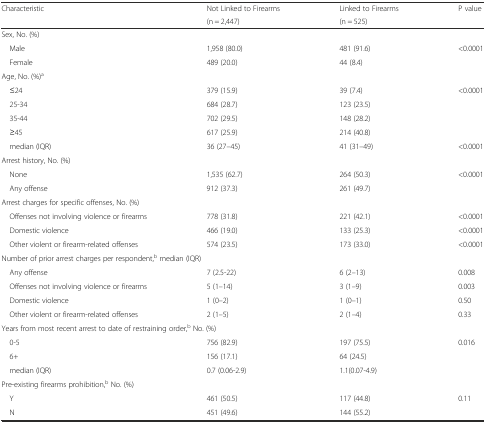
| <ROWSPAN=2> Characteristic | Not Linked to Firearms | Linked to Firearms | <ROWSPAN=2> P value |
 | (n = 2,447) | (n = 525) |
 | --- | --- | --- | --- |
 | <COLSPAN=4> Sex, No. (%) |
 | Male | 1,958 (80.0) | 481 (91.6) | <0.0001 |
 | Female | 489 (20.0) | 44 (8.4) |  |
 | <COLSPAN=4> Age, No. (%)a |
 | ≤24 | 379 (15.9) | 39 (7.4) | <0.0001 |
 | 25-34 | 684 (28.7) | 123 (23.5) |  |
 | 35-44 | 702 (29.5) | 148 (28.2) |  |
 | ≥45 | 617 (25.9) | 214 (40.8) |  |
 | median (IQR) | 36 (27–45) | 41 (31–49) | <0.0001 |
 | <COLSPAN=4> Arrest history, No. (%) |
 | None | 1,535 (62.7) | 264 (50.3) | <0.0001 |
 | Any offense | 912 (37.3) | 261 (49.7) |  |
 | Arrest charges for specific offenses, No. (%) |  |  |  |
 | Offenses not involving violence or firearms | 778 (31.8) | 221 (42.1) | <0.0001 |
 | Domestic violence | 466 (19.0) | 133 (25.3) | <0.0001 |
 | Other violent or firearm-related offenses | 574 (23.5) | 173 (33.0) | <0.0001 |
 | <COLSPAN=4> Number of prior arrest charges per respondent,b median (IQR) |
 | Any offense | 7 (2.5-22) | 6 (2–13) | 0.008 |
 | Offenses not involving violence or firearms | 5 (1–14) | 3 (1–9) | 0.003 |
 | Domestic violence | 1 (0–2) | 1 (0–1) | 0.50 |
 | Other violent or firearm-related offenses | 2 (1–5) | 2 (1–4) | 0.33 |
 | <COLSPAN=4> Years from most recent arrest to date of restraining order,b No. (%) |
 | 0-5 | 756 (82.9) | 197 (75.5) | 0.016 |
 | 6+ | 156 (17.1) | 64 (24.5) |  |
 | median (IQR) | 0.7 (0.06-2.9) | 1.1(0.07-4.9) |  |
 | <COLSPAN=4> Pre-existing firearms prohibition,b No. (%) |
 | Y | 461 (50.5) | 117 (44.8) | 0.11 |
 | N | 451 (49.6) | 144 (55.2) |  |